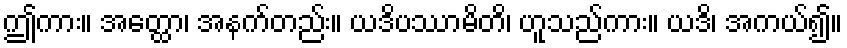
ဤကား။ အတ္ထော၊ အနက်တည်း။ ယဒိပဿာမိတိ၊ ဟူသည်ကား။ ယဒိ၊ အကယ်၍။